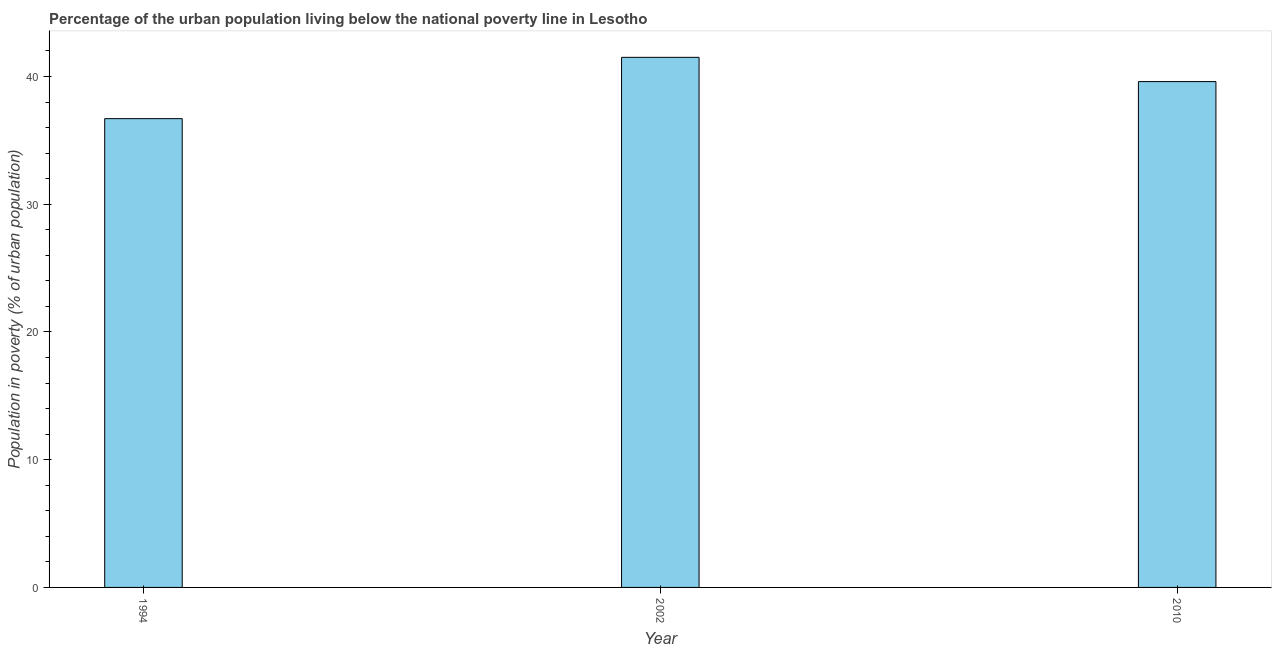
| Year | Urban poverty headcount ratio |
 | --- | --- |
 | 1994 | 36.7 |
 | 2002 | 41.5 |
 | 2010 | 39.6 |